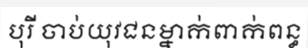
បុរី ចាប់យុវជនម្នាក់ពាក់ពន្ធ